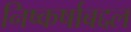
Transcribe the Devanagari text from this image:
निष्कर्षाबद्दल